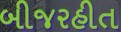
બીજરહીત